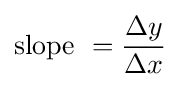
{\text{slope }}={\frac {\Delta y}{\Delta x}}